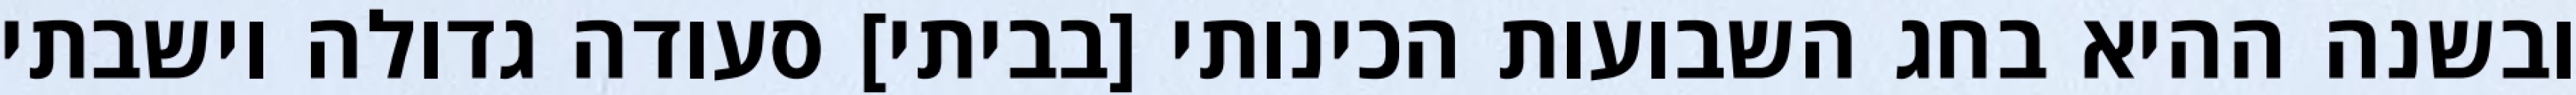
ובשנה ההיא בחג השבועות הכינותי [בביתי] סעודה גדולה וישבתי